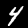
Label: 4